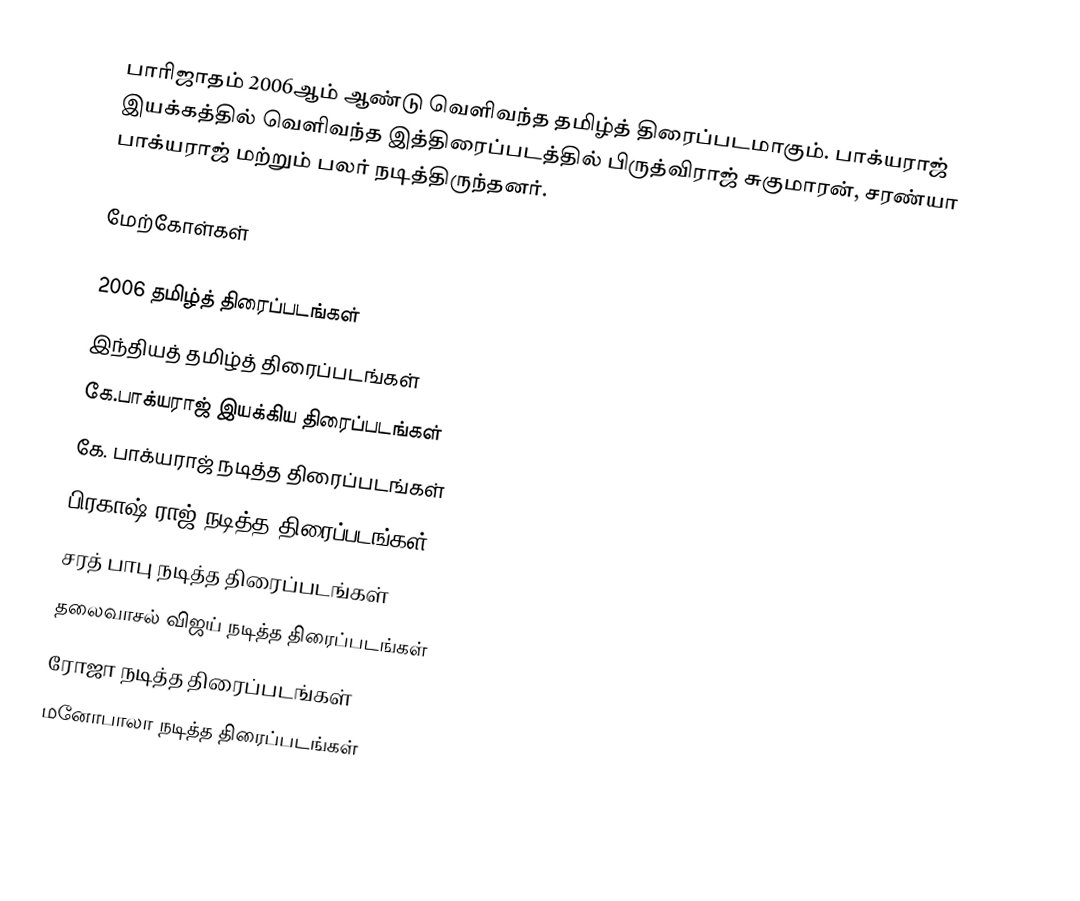
பாரிஜாதம் 2006ஆம் ஆண்டு வெளிவந்த தமிழ்த் திரைப்படமாகும். பாக்யராஜ் இயக்கத்தில் வெளிவந்த இத்திரைப்படத்தில் பிருத்விராஜ் சுகுமாரன், சரண்யா பாக்யராஜ் மற்றும் பலர் நடித்திருந்தனர்.

மேற்கோள்கள்

2006 தமிழ்த் திரைப்படங்கள்
இந்தியத் தமிழ்த் திரைப்படங்கள்
கே.பாக்யராஜ் இயக்கிய திரைப்படங்கள்
கே. பாக்யராஜ் நடித்த திரைப்படங்கள்
பிரகாஷ் ராஜ் நடித்த திரைப்படங்கள்
சரத் பாபு நடித்த திரைப்படங்கள்
தலைவாசல் விஜய் நடித்த திரைப்படங்கள்
ரோஜா நடித்த திரைப்படங்கள்
மனோபாலா நடித்த திரைப்படங்கள்